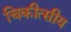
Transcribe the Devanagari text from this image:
चिकीत्सीय